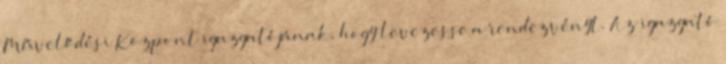
Művelődési Központ igazgatójának, hogy levezesse a rendezvényt. Az igazgató